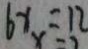
6 x = 1 2